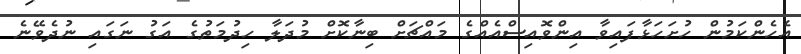
އެހެންކަމުން ހުށަހަޅާފައިވާ އިންވޮއިސްއެއްގެ މައްޗަށް ބިނާކޮށް މުދަލާ ހިދުމަތުގެ އަގު ނަގައި ނުދެވޭނެ